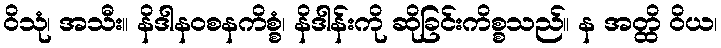
ဝိသုံ၊ အသီး။ နိဒါနဝစနကိစ္စံ၊ နိဒါန်းကို ဆိုခြင်းကိစ္စသည်။ န အတ္ထိ ဝိယ၊